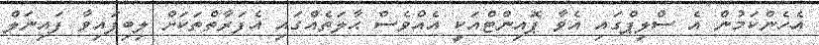
އެހެންކަމުން އެ ސްލިޕްގައި އެވާ ޕޮއިންޓްއަކީ އެއްވެސް ޙާލަތެއްގައި އެފަރާތްތަކަށް ލިބިފައިވާ ފައިނަލް